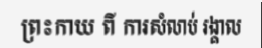
ព្រះកាយ ពី ការសំលាប់ រង្គាល